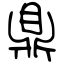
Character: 鼎